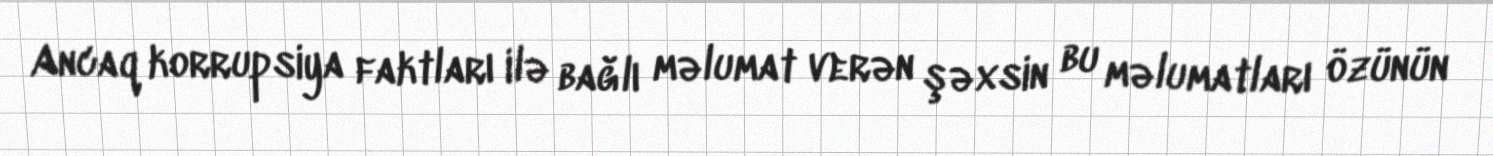
Ancaq korrupsiya faktları ilə bağlı məlumat verən şəxsin bu məlumatları özünün